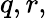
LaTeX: q,r,